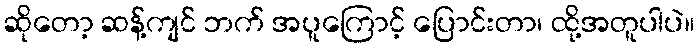
ဆိုတော့ ဆန့်ကျင် ဘက် အပူကြောင့် ပြောင်းတာ၊ ထို့အတူပါပဲ။